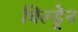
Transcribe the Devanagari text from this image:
चिल्‍ड्रेन